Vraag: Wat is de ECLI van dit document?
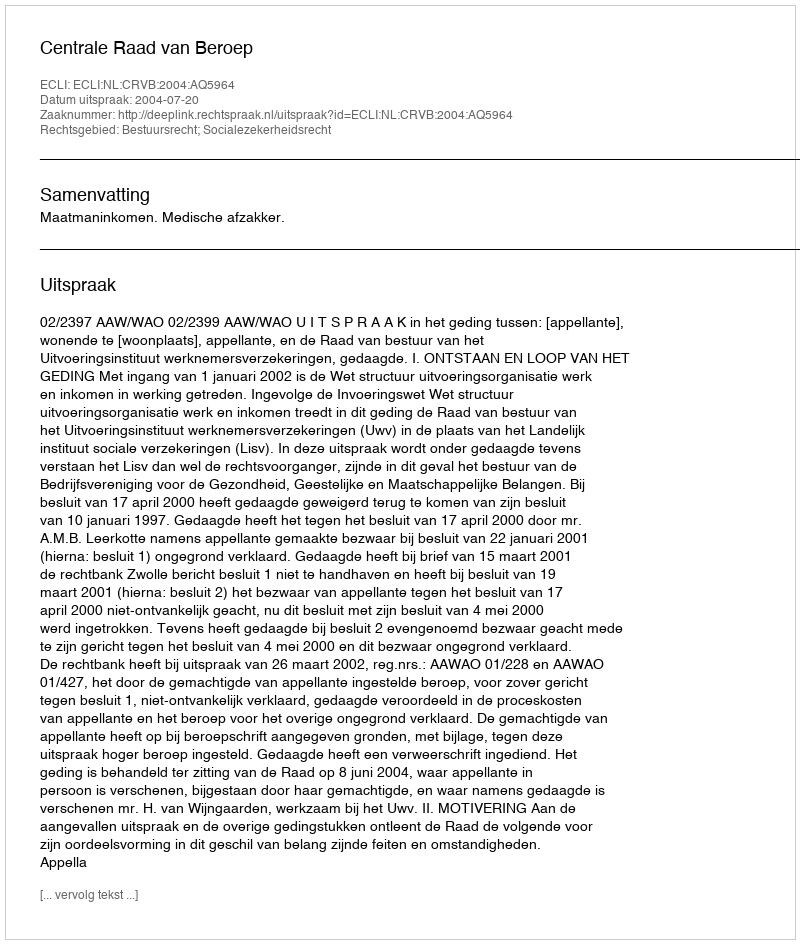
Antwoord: ECLI:NL:CRVB:2004:AQ5964